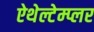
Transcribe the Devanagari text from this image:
ऐथेल्टेम्प्लर